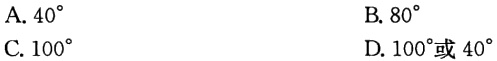
A. \(40^{\circ}\)
B. \(80^{\circ}\)或\(40^{\circ}\)
C. \(100^{\circ}\)
D. \(100^{\circ}\)或\(40^{\circ}\)